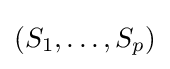
(S_{1},\dots ,S_{p})